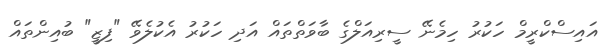
އައިސްކްރީމް ހަކުރު ހިމެނޭ ސީރިއަލްގެ ބާވަތްތައް އަދި ހަކުރު އެކުލެވޭ "ފިޒީ" ބުއިންތައް